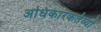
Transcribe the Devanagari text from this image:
अधिकारकर्तव्यों